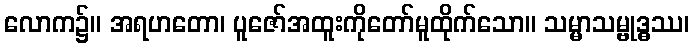
လောက၌။ အရဟတော၊ ပူဇော်အထူးကိုတော်မူထိုက်သော။ သမ္မာသမ္ဗုဒ္ဓဿ၊